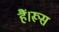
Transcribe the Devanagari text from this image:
हैं।रूस